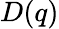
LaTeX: D(q)